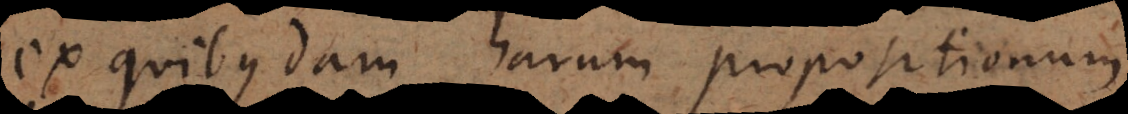
ex quibusdam harum propositionum